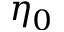
\eta _ { 0 }